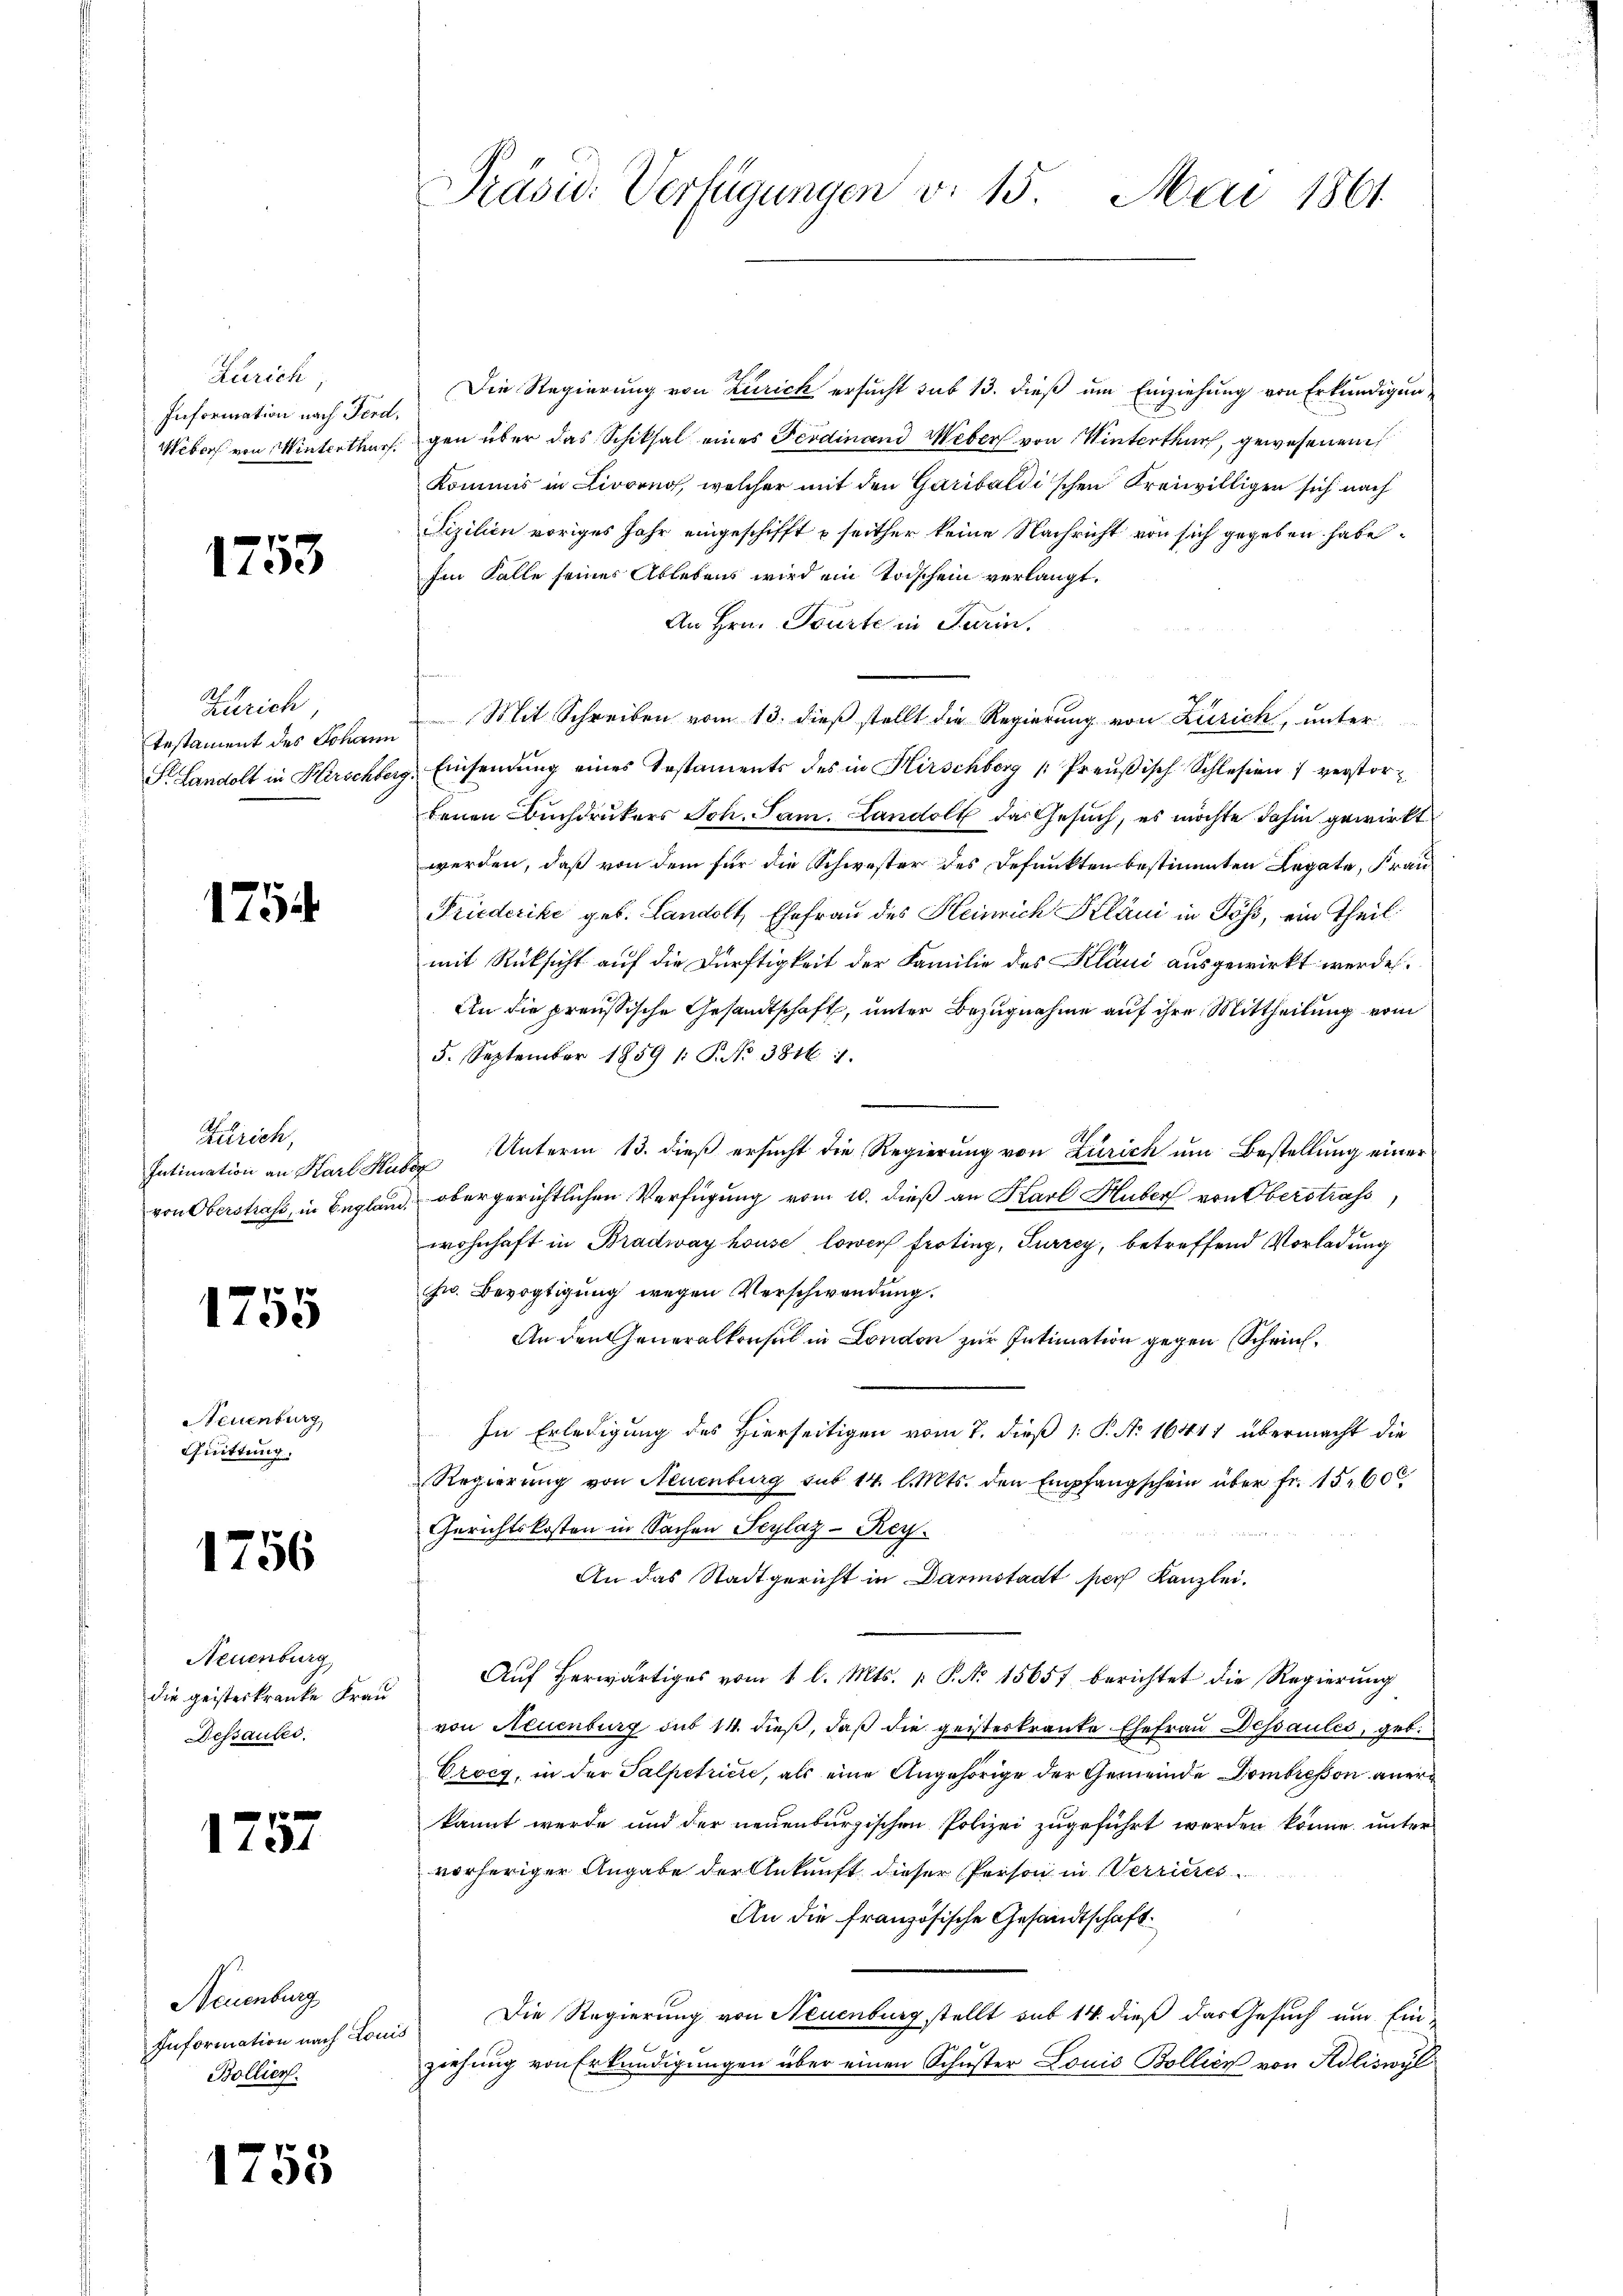
Zürich,
Information nach Ferd,

1753

Zürich,
S. Landolt in Kirschber

175

Zürich,
Intimation an Karl Hu

1755

Neuenburg,
Chuittung.

1756

Neuenburg
die geisterkranke Frau
Dessaubes

1757

Neuenburg
Information nach Lon
Bollier.

1753

Präsid. Verfügungen v. 15. Mai 1861.

Die Regierung von Zürich ersucht sub 13. dieß um Einziehung von Erkundigun¬
Webers von Winterthurf, gen über das Schiksal eines Ferdinand Weber von Winterthur, gewesenen
Kommis in Livorno, welcher mit den Garibaldi’schen Freiwilligen sich nach
Fizilien voriges Jahr eingeschifft u seither keine Nachricht von sich gegeben habe.
Iin Falle seiner Ablebens wird ein Toischein verlangt.
An Hrn. Tourte in Turin.
testament des Johann Mit Schreiben vom 13. dieß stellt die Regierung von Zürich, unter
i. Einsendung eines Testaments des in Hirschberg Preußisch Schlesien verstorbenen Buchdruckers Joh. Jan. Landolt das Gesuch, es möchte dahin gewirkt
werden, daß von dem für die Schwester des Defunkten bestimmten Legate, Frau
Früderike geb. Landolt, Ehefrau des Heinrich Plani in Töß, ein Theil
mit Rücksicht auf die Dürftigkeit der Familie des Klani ausgewirkt werde.
An die preussische Gesandtschaft, unter Bezugnahme auf ihre Mittheilung vom
5. September 1859 /: P. Nr. 3816. 1.
d Unterm 13. dieß ersucht die Regierung von Zürich um Bestellung einer
von Oberstraf, in Begland, obergerichtlichen Verfügung vom 10. dieß an Karl Huber von Oberstrafs
wohnhaft in Bradway house, lower froting, Furrey, betreffend Vorladung
hw. Bevogtigung wegen Verschwendung.
An den Generalkonsul in London zur Intimation gegen Schrie¬
In Erledigung des Hierseitigen vom 7. dieß 1: P. No 16441 übermacht die
Regierung von Neuenburg sub 14. l. Mts. den Empfangschein über fr. 15600
Gerichtskosten in Sachen Scylaz-Rey.
An das Stadtgericht in Darmstadt sich Kanzlei.
Aŭf herwärtiges vom 1 l. Mts. 1. P. No 15657 berichtet die Regierŭng
von Neuenburg sub 14. dieß, daß die geisterkranke Ehefrau Dessaules, geb.
Vrocg, in der Salpetriere, als eine Angehörige der Gemeinde Dombreßon anerkannt werde und der neuenburgischen Polizei zugeführt werden könne, unter
vorheriger Angabe der Ankunft dieser Person in Werrieres
An die französische Gesandtschaft
Die Regierung von Neuenburg stellt sub 14. dieß das Gesuch um Ein-
e
ziehung von Erkundigungen über einen Schuster Louis Bollici von Adliswyl